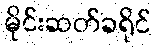
မိုင်းဆတ်ခရိုင်